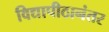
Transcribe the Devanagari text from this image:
विद्यापीठानंतर